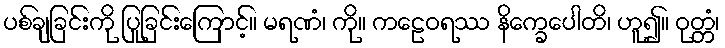
ပစ်ချခြင်းကို ပြုခြင်းကြောင့်။ မရဏံ၊ ကို။ ကဠေဝရဿ နိက္ခေပေါတိ၊ ဟူ၍။ ဝုတ္တံ၊